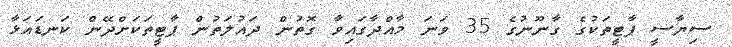
ސިޔާސީ ޕާޓީތަކުގެ ގާނޫނުގެ 35 ވަނަ މާއްދާގައިވާ ގޮތުން ދައުލަތުން ޕާޓީތަކަށްދޭން ކަނޑައަޅާ